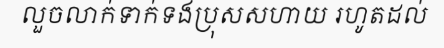
លួចលាក់ទាក់ទងប្រុសសហាយ រហូតដល់